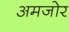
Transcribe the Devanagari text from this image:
अमजोर